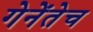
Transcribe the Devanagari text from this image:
गेनेंतेच